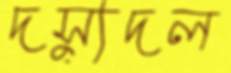
দস্যুদল